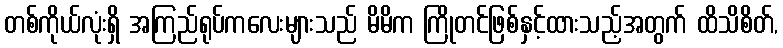
တစ်ကိုယ်လုံးရှိ အကြည်ရုပ်ကလေးများသည် မိမိက ကြိုတင်ဖြစ်နှင့်ထားသည့်အတွက် ထိသိစိတ်,